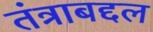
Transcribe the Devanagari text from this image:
तंत्राबद्दल